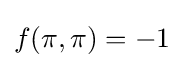
f(\pi ,\pi )=-1